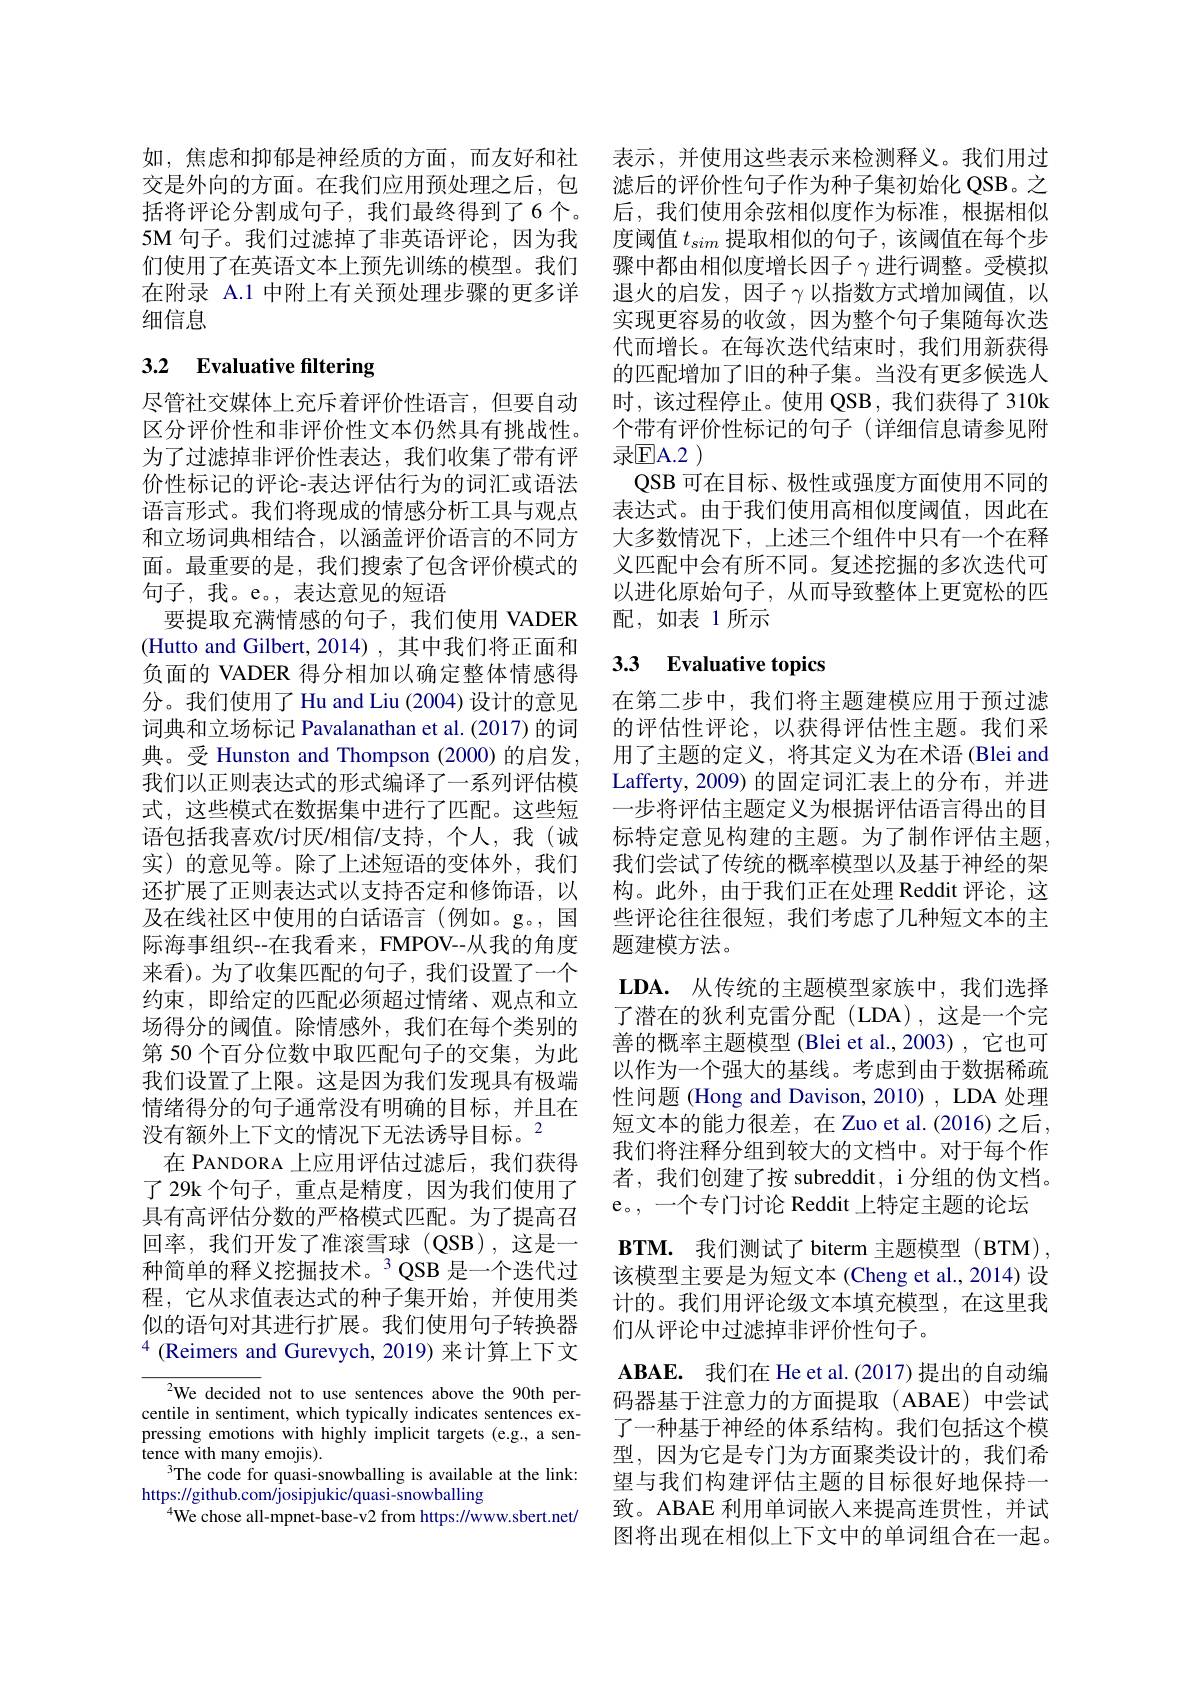
如，焦虑和抑郁是神经质的方面，而友好和社 表示，并使用这些表示来检测释义。我们用过交是外向的方面。在我们应用预处理之后，包 滤后的评价性句子作为种子集初始化 QSB。之括将评论分割成句子，我们最终得到了6个。后，我们使用余弦相似度作为标准，根据相似5M 句子。我们过滤掉了非英语评论，因为我们使用了在英语文本上预先训练的模型。我们在附录 A.1 中附上有关预处理步骤的更多详细信息

# 3.2 Evaluative filtering

尽管社交媒体上充斥着评价性语言，但要自动区分评价性和非评价性文本仍然具有挑战性。为了过滤掉非评价性表达，我们收集了带有评价性标记的评论-表达评估行为的词汇或语法语言形式。我们将现成的情感分析工具与观点和立场词典相结合，以涵盖评价语言的不同方面。最重要的是，我们搜索了包含评价模式的句子，我。e。,表达意见的短语
要提取充满情感的句子，我们使用 VADER (Hutto and Gilbert, 2014), 其中我们将正面和负面的 VADER 得分相加以确定整体情感得分。我们使用了 Hu and Liu (2004) 设计的意见词典和立场标记 Pavalanathan et al. (2017) 的词典。受 Hunston and Thompson (2000)的启发， 我们以正则表达式的形式编译了一系列评估模式，这些模式在数据集中进行了匹配。这些短语包括我喜欢/讨厌/相信/支持，个人，我(诚实)的意见等。除了上述短语的变体外，我们还扩展了正则表达式以支持否定和修饰语，以及在线社区中使用的白话语言(例如。g。,国际海事组织--在我看来，FMPOV--从我的角度来看)。为了收集匹配的句子，我们设置了一个约束，即给定的匹配必须超过情绪、观点和立场得分的阈值。除情感外，我们在每个类别的第 50 个百分位数中取匹配句子的交集，为此我们设置了上限。这是因为我们发现具有极端情绪得分的句子通常没有明确的目标，并且在没有额外上下文的情况下无法诱导目标。$^2$
在 PANDORA 上应用评估过滤后，我们获得了 29k 个句子，重点是精度，因为我们使用了具有高评估分数的严格模式匹配。为了提高召回率，我们开发了准滚雪球(QSB),这是一种简单的释义挖掘技术。$^3$QSB 是一个迭代过程，它从求值表达式的种子集开始，并使用类似的语句对其进行扩展。我们使用句子转换器$^{4}$ (Reimers and Gurevych, 2019) 来计算上下文

We decided not to use sentences above the 90th percentile in sentiment, which typically indicates sentences expressing emotions with highly implicit targets (e.g., a sentence with many emojis).
$^{3}$The code for quasi-snowballing is available at the link:
https://github.com/josipjukic/quasi-snowballing
$^{4}$We chose all-mpnet-base-v2 from https://www.sbert.net/

度阈值$t_{sim}$提取相似的句子，该阈值在每个步骤中都由相似度增长因子$\gamma$进行调整。受模拟退火的启发，因子$\gamma$以指数方式增加阈值，以实现更容易的收敛，因为整个句子集随每次迭代而增长。在每次迭代结束时，我们用新获得的匹配增加了旧的种子集。当没有更多候选人时，该过程停止。使用 QSB,我们获得了 310k 个带有评价性标记的句子(详细信息请参见附录$\boxed{\mathrm{F}}$A.2)
QSB 可在目标、极性或强度方面使用不同的表达式。由于我们使用高相似度阈值，因此在大多数情况下，上述三个组件中只有一个在释义匹配中会有所不同。复述挖掘的多次迭代可以进化原始句子，从而导致整体上更宽松的匹配，如表 1所示

## 3.3 Evaluative topics

在第二步中，我们将主题建模应用于预过滤的评估性评论，以获得评估性主题。我们采用了主题的定义，将其定义为在术语(Blei and Lafferty, 2009) 的固定词汇表上的分布，并进一步将评估主题定义为根据评估语言得出的目标特定意见构建的主题。为了制作评估主题， 我们尝试了传统的概率模型以及基于神经的架构。此外，由于我们正在处理 Reddit 评论，这些评论往往很短，我们考虑了几种短文本的主题建模方法。
$\mathbf{LDA. }$ 从传统的主题模型家族中，我们选择了潜在的狄利克雷分配(LDA),这是一个完善的概率主题模型 (Blei et al.,2003) ,它也可以作为一个强大的基线。考虑到由于数据稀疏性问题 (Hong and Davison, 2010) , LDA 处理短文本的能力很差，在 Zuo et al.(2016) 之后， 我们将注释分组到较大的文档中。对于每个作者，我们创建了按 subreddit, i 分组的伪文档。e。, 一个专门讨论 Reddit 上特定主题的论坛
$\mathbf{BTM. }$ 我们测试了 biterm 主题模型(BTM), 该模型主要是为短文本 (Cheng et al., 2014) 设计的。我们用评论级文本填充模型，在这里我们从评论中过滤掉非评价性句子。
$\mathbf{ABAE. }$ 我们在 He et al.(2017)提出的自动编码器基于注意力的方面提取(ABAE)中尝试了一种基于神经的体系结构。我们包括这个模型，因为它是专门为方面聚类设计的，我们希望与我们构建评估主题的目标很好地保持一致。ABAE 利用单词嵌人来提高连贯性，并试图将出现在相似上下文中的单词组合在一起。